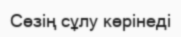
Сөзің сұлу көрінеді